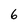
Character: 6